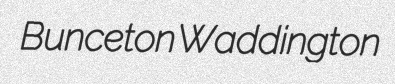
Bunceton Waddington